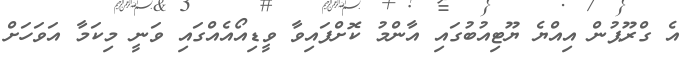
އެ ގްރޫޕުން އިއްޔެ ޔޫޓިއުބުގައި އާންމު ކޮށްފައިވާ ވީޑިއޯއެއްގައި ވަނީ މިކަމާ އަވަހަށް